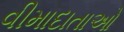
વીમાદાતાઓ